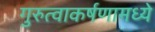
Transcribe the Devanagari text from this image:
गुरुत्वाकर्षणामध्ये